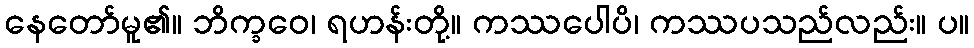
နေတော်မူ၏။ ဘိက္ခဝေ၊ ရဟန်းတို့။ ကဿပေါပိ၊ ကဿပသည်လည်း။ ပ။